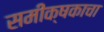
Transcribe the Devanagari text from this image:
समीक्षकाचा